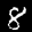
Label: 8